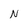
Character: N